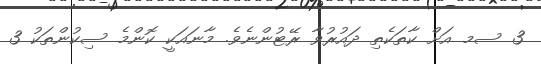
3 ސމ އަށް ކާތަކެތި ދައުރުވާ ރޭޓުންނެވެ. މާނައަކީ ކޮންމެ ސިކުންތަކު 3